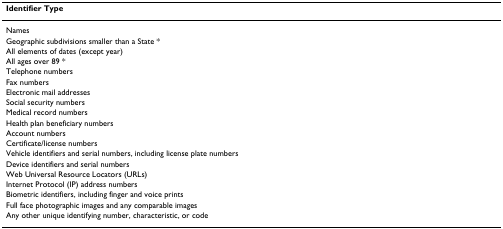
<table><thead><tr><td><b>Identifier Type</b></td></tr></thead><tbody><tr><td>Names</td></tr><tr><td>Geographic subdivisions smaller than a State *</td></tr><tr><td>All elements of dates (except year)</td></tr><tr><td>All ages over 89 *</td></tr><tr><td>Telephone numbers</td></tr><tr><td>Fax numbers</td></tr><tr><td>Electronic mail addresses</td></tr><tr><td>Social security numbers</td></tr><tr><td>Medical record numbers</td></tr><tr><td>Health plan beneficiary numbers</td></tr><tr><td>Account numbers</td></tr><tr><td>Certificate/license numbers</td></tr><tr><td>Vehicle identifiers and serial numbers, including license plate numbers</td></tr><tr><td>Device identifiers and serial numbers</td></tr><tr><td>Web Universal Resource Locators (URLs)</td></tr><tr><td>Internet Protocol (IP) address numbers</td></tr><tr><td>Biometric identifiers, including finger and voice prints</td></tr><tr><td>Full face photographic images and any comparable images</td></tr><tr><td>Any other unique identifying number, characteristic, or code</td></tr></tbody></table>